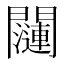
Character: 𬮖